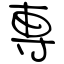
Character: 専